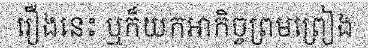
រឿងនេះ ឬក៏យកអាកិច្ចព្រមព្រៀង